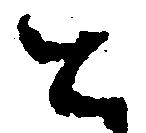
と